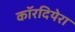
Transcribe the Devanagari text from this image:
कॉरदियेरा